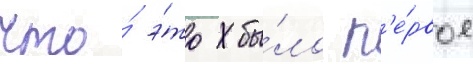
что́ э́то бы́ло п'е́рвое